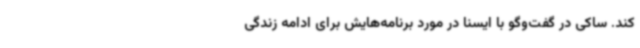
کند. ساکی در گفت‌وگو با ایسنا در مورد برنامه‌هایش برای ادامه زندگی